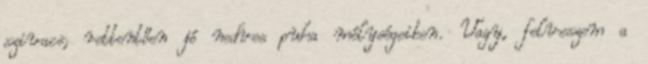
szivacs, rettentően jó nedves puha mélységeiben. Vagy, felveszem a